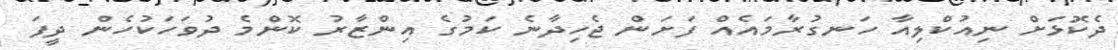
ދެކޮޅަށް ނިއުކްލިއާ ހަނގުރާމައެއް ފަށަން ޖެހިދާނެ ކަމުގެ އިންޒާރު ކޮންމެ ދުވަހަކުހެން ދީފަ